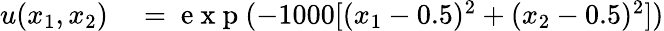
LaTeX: \begin{array}{rl}{u(x_{1},x_{2})}&{{}=\mathrm{~e~x~p~}(-1000[(x_{1}-0.5)^{2}+(x_{2}-0.5)^{2}])}\end{array}